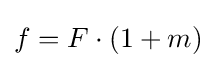
f=F\cdot (1+m)